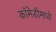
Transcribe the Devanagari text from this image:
कॉमेडीमध्ये